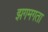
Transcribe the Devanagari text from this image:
झगमगता